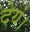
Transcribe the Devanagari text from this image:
देयं।